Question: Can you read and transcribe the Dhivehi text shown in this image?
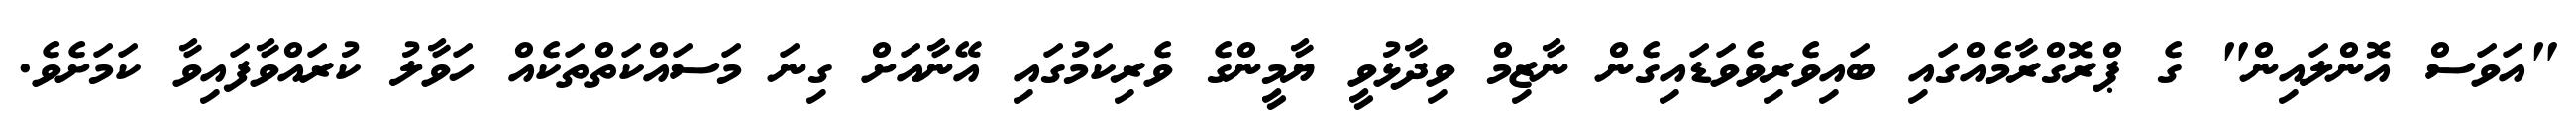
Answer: "އަވަސް އޮންލައިން" ގެ ޕްރޮގްރާމެއްގައި ބައިވެރިވެވަޑައިގެން ނާޒިމް ވިދާޅުވީ ޔާމީންގެ ވެރިކަމުގައި އޭނާއަށް ގިނަ މަސައްކަތްތަކެއް ހަވާލު ކުރައްވާފައިވާ ކަމަށެވެ.